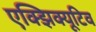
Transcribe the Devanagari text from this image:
एक्झिक्यूटिव